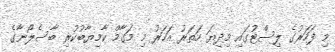
މި ފަހަރުގެ ލިސްޓުގައި މިދިޔަ ހަތަރު އަހަރު މި މަގާމް ކާމިޔާބުކުރި ބާސެލޯނާގެ